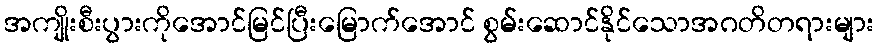
အကျိုးစီးပွားကိုအောင်မြင်ပြီးမြောက်အောင် စွမ်းဆောင်နိုင်သောအဂတိတရားများ